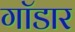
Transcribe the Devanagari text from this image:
गॉडार